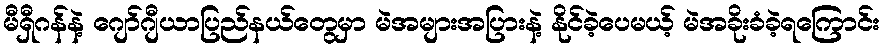
မီရှီဂန်နဲ့ ဂျော်ဂျီယာပြည်နယ်တွေမှာ မဲအများအပြားနဲ့ နိုင်ခဲ့ပေမယ့် မဲအခိုးခံခဲ့ရကြောင်း